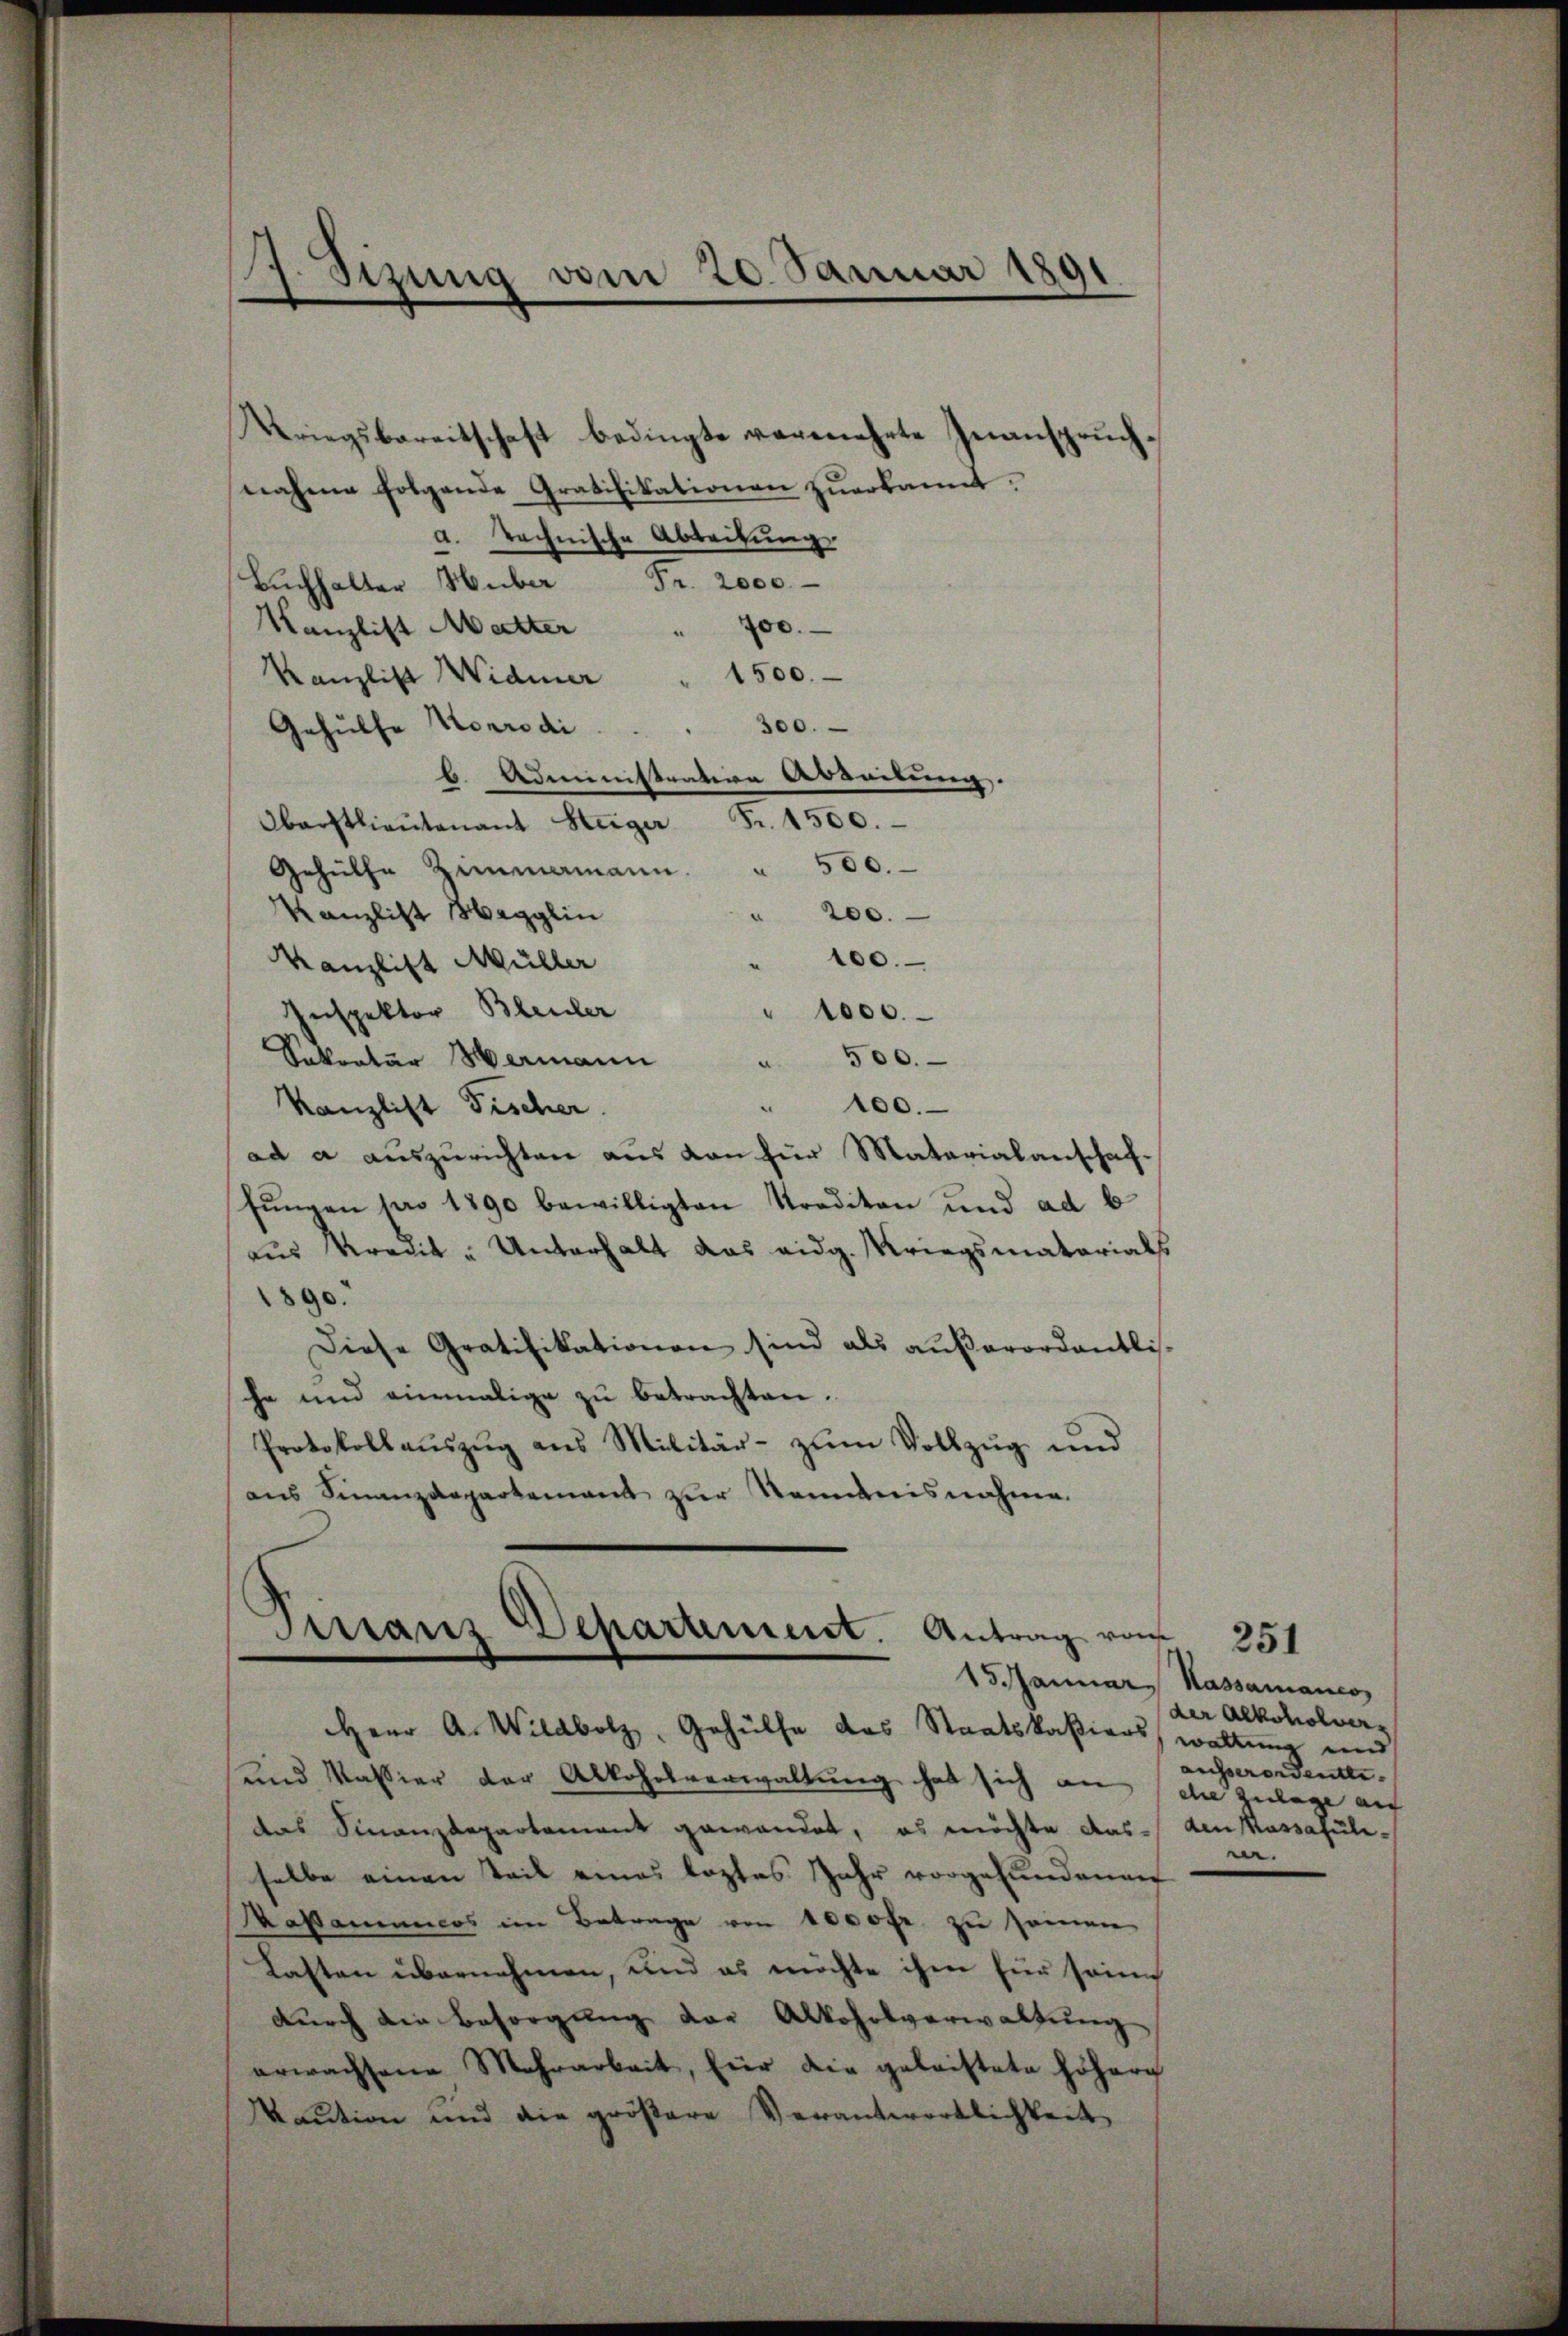
a. technische Abteilung
Buchhalter Huber Fr. 2000.
Kanzlist Metter " 700.
1500.
Kanzlist Widmer
300.
Gehülfe Korrodi
b. Administration Arbeitung.
Oberstlieutenant Steiger Fr. 1500.
500.
e
Gehülle Zimmamann.
Kanzlist Hegglin
200.
200.
Kanzlist Müller
Inspektor Bleuler
1000.
Sokratŭr Hermann " 500.
" 100.
Kanzlist Fischer
ad a auszurichten aus den für Materialanschaffungen pro 1890 bewilligten Traditan und ad b
aus Kredit - Unterhalt das eidg. Kriegsmatorials
890.
Diese Gratifikationen sind als außerordentlis-
he und einmalige zu betrachten.
Protokollaŭszŭg ans Militär- zŭm Vollzŭg und
ans Finanzdepartement zur Kenntnisnahme.

7. Sizung vom 20. Januar 1891

Kriegsbereitschaft bedingte vermehrte Inanspruchnahme folgende Gratifikationen zŭerkannt.

Finanz Departement. Antrag vom 251
15. Januar Hassamanes
Herr A. Wildbolz, Gehülfe des Staatskasions walten und

und Kassier der Alkohrsverwaltung hat sich an sche Zulage auf
das Finanzdepartement gewandet, es möchte dass den Kassafuliselbe einen Teil eines leztes Jahr vorgefundenen
Kastamenicos im Betrage von 1000fr. zu seinen
Lasten übernehmen, und es möchte ihm für sein
durch die Besorgung der Alkoholverwaltung
erwachsene Mehrarbeit, für die geleistete höhern
Kaution und die größere Verantwortlichkeit

der Alkoholverausserordentli
ne.